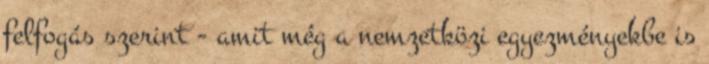
felfogás szerint - amit még a nemzetközi egyezményekbe is